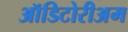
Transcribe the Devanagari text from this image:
ऑडिटोरीअम